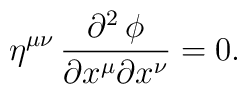
\eta^{\mu \nu}\, {\partial^2 \, \phi \over \partial x^{\mu} \partial x^{\nu}}=0.